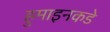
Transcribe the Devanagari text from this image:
हुमाइनकडे